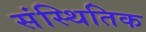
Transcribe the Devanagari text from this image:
संस्थितिक